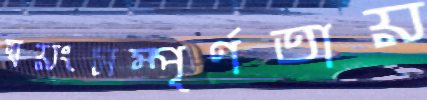
স্বয়ংসম্পূর্ণতায়